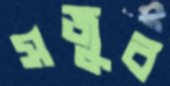
সজুব